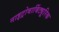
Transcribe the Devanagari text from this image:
नाइट्रोबार्बिट्यूरिक